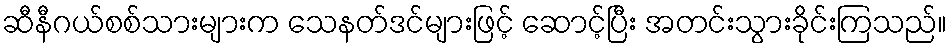
ဆီနီဂယ်စစ်သားများက သေနတ်ဒင်များဖြင့် ဆောင့်ပြီး အတင်းသွားခိုင်းကြသည်။